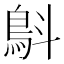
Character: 𩿚